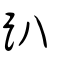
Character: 趴